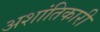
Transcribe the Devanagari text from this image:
अशांतिकारी